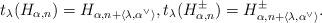
LaTeX: \begin{align*}t_\lambda(H_{\alpha,n})=H_{\alpha,n+\langle\lambda,\alpha^\vee\rangle},t_\lambda(H_{\alpha,n}^\pm)=H_{\alpha,n+\langle\lambda,\alpha^\vee\rangle}^\pm.\end{align*}